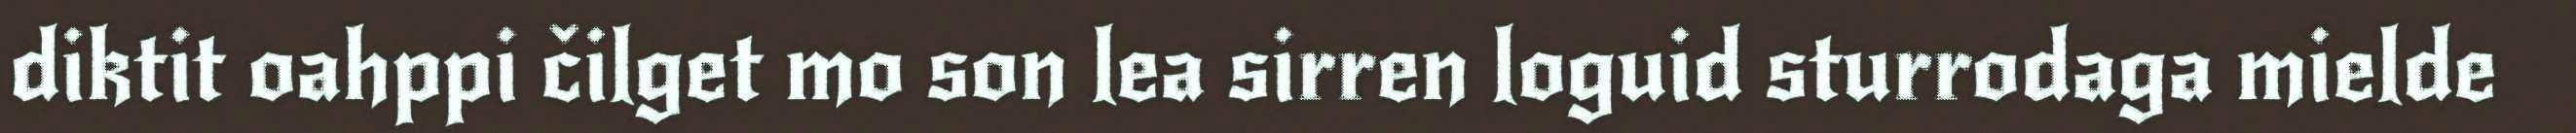
diktit oahppi čilget mo son lea sirren loguid sturrodaga mielde